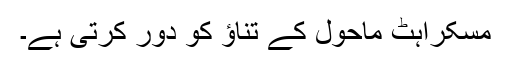
مسکراہٹ ماحول کے تناؤ کو دور کرتی ہے۔